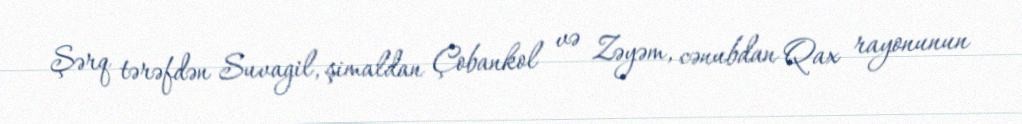
Şərq tərəfdən Suvagil, şimaldan Çobankol və Zəyəm, cənubdan Qax rayonunun